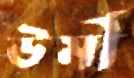
ঊর্মী